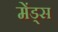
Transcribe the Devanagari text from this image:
मेंड्स